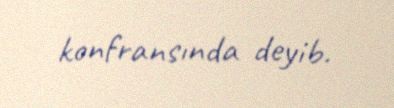
konfransında deyib.